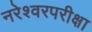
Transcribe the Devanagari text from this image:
नरेश्वरपरीक्षा